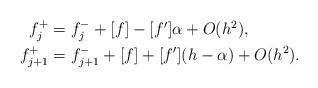
\begin{align*}\begin{aligned}f_j^+&=f_j^-+[f]-[f']\alpha+O(h^2),\\f_{j+1}^+&=f_{j+1}^-+[f]+[f'](h-\alpha)+O(h^2).\end{aligned}\end{align*}